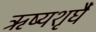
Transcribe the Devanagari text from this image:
ऋष्यशृर्घैं